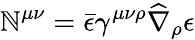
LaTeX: \mathbb{N}^{\mu\nu}=\bar{{\epsilon}}\gamma^{\mu\nu\rho}\widehat{\nabla}_{\rho}\epsilon